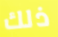
ذلك